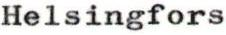
Helsingfors